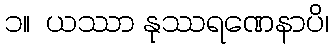
၁။  ယဿာ နုဿရဏေနာပိ၊